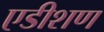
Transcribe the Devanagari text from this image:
एडीशण